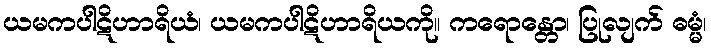
ယမကပါဋိဟာရိယံ၊ ယမကပါဋိဟာရိယကို။ ကရောန္တော၊ ပြုလျက် ဓမ္မံ၊